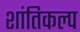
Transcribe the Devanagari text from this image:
शांतिकल्प